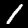
Digit: 1